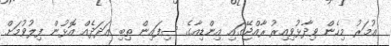
ޢުމަރު މިހެން ވިދާޅުވިއިރު ރާއްޖޭގައި އިންޑިއާގެ ސިފައިން ތިބި ޢަދަދެއް އޮޅުން ފިލުވުމަށް